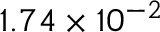
1 . 7 4 \times 1 0 ^ { - 2 }